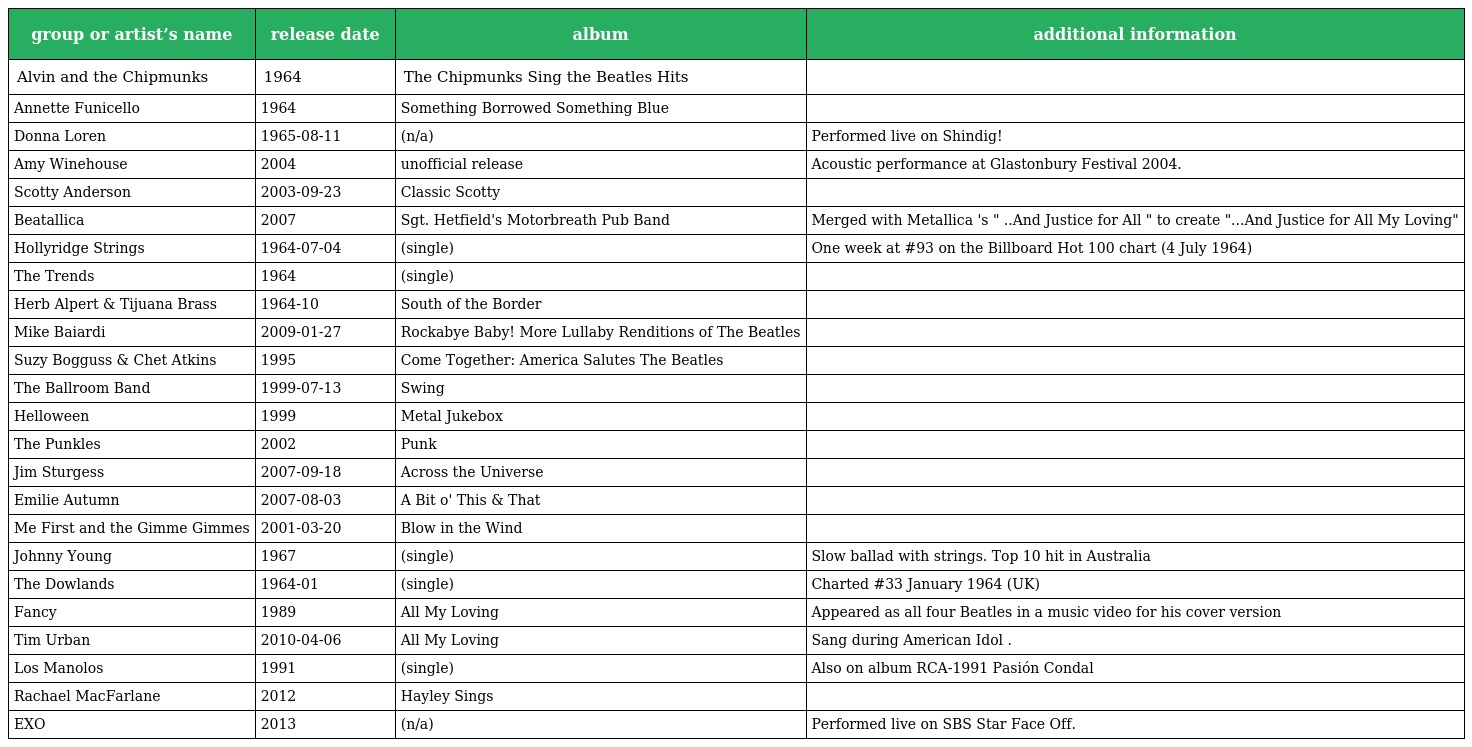
| group or artist’s name | release date | album | additional information |
 | --- | --- | --- | --- |
 | Alvin and the Chipmunks | 1964 | The Chipmunks Sing the Beatles Hits |  |
 | Annette Funicello | 1964 | Something Borrowed Something Blue |  |
 | Donna Loren | 1965-08-11 | (n/a) | Performed live on Shindig! |
 | Amy Winehouse | 2004 | unofficial release | Acoustic performance at Glastonbury Festival 2004. |
 | Scotty Anderson | 2003-09-23 | Classic Scotty |  |
 | Beatallica | 2007 | Sgt. Hetfield's Motorbreath Pub Band | Merged with Metallica 's " ..And Justice for All " to create "...And Justice for All My Loving" |
 | Hollyridge Strings | 1964-07-04 | (single) | One week at #93 on the Billboard Hot 100 chart (4 July 1964) |
 | The Trends | 1964 | (single) |  |
 | Herb Alpert & Tijuana Brass | 1964-10 | South of the Border |  |
 | Mike Baiardi | 2009-01-27 | Rockabye Baby! More Lullaby Renditions of The Beatles |  |
 | Suzy Bogguss & Chet Atkins | 1995 | Come Together: America Salutes The Beatles |  |
 | The Ballroom Band | 1999-07-13 | Swing |  |
 | Helloween | 1999 | Metal Jukebox |  |
 | The Punkles | 2002 | Punk |  |
 | Jim Sturgess | 2007-09-18 | Across the Universe |  |
 | Emilie Autumn | 2007-08-03 | A Bit o' This & That |  |
 | Me First and the Gimme Gimmes | 2001-03-20 | Blow in the Wind |  |
 | Johnny Young | 1967 | (single) | Slow ballad with strings. Top 10 hit in Australia |
 | The Dowlands | 1964-01 | (single) | Charted #33 January 1964 (UK) |
 | Fancy | 1989 | All My Loving | Appeared as all four Beatles in a music video for his cover version |
 | Tim Urban | 2010-04-06 | All My Loving | Sang during American Idol . |
 | Los Manolos | 1991 | (single) | Also on album RCA-1991 Pasión Condal |
 | Rachael MacFarlane | 2012 | Hayley Sings |  |
 | EXO | 2013 | (n/a) | Performed live on SBS Star Face Off. |